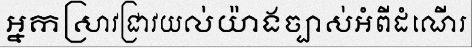
អ្នកស្រាវជ្រាវយល់យ៉ាងច្បាស់អំពីដំណើរ